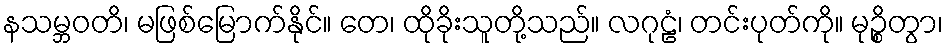
နသမ္ဘဝတိ၊ မဖြစ်မြောက်နိုင်။ တေ၊ ထိုခိုးသူတို့သည်။ လဂုဠံ၊ တင်းပုတ်ကို။ မုဉ္စိတွာ၊